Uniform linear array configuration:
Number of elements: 12
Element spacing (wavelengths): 0.25
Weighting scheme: exponential
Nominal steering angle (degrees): -45
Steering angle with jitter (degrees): -44.037
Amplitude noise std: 0.05
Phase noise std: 0.05

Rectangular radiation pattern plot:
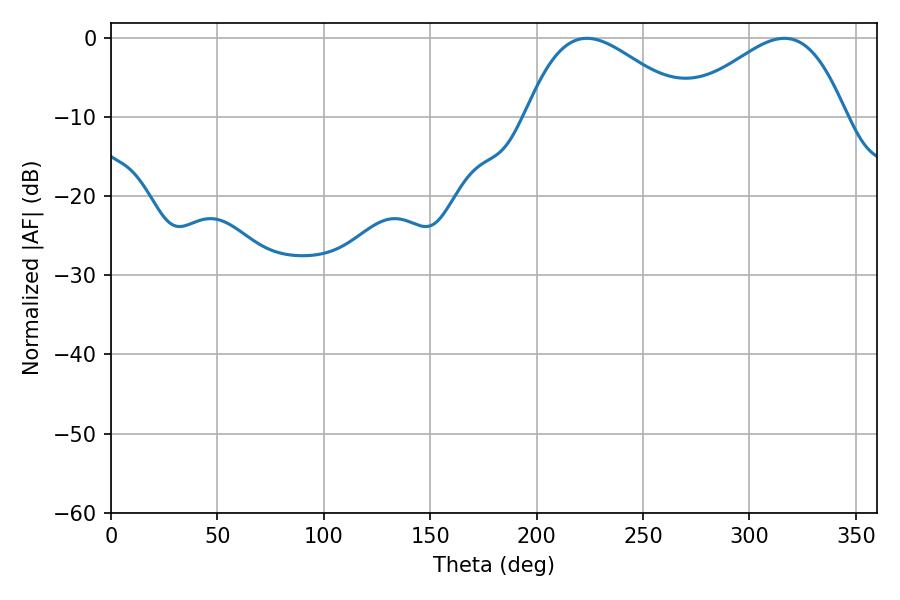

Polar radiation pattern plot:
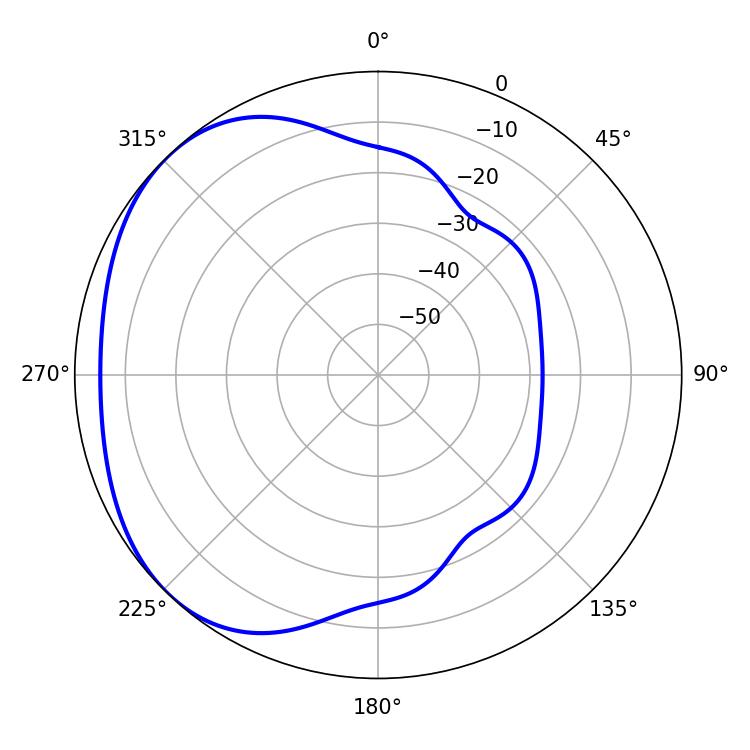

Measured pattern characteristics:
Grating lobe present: FALSE
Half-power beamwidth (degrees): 41.22
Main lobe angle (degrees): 223.56